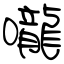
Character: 嚨